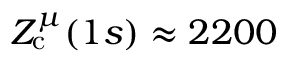
Z _ { \mathrm { c } } ^ { \mu } ( 1 s ) \approx 2 2 0 0